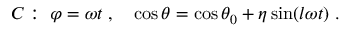
C : ~ \varphi = \omega t \; , ~ ~ ~ \cos \theta = \cos \theta _ { 0 } + \eta \sin ( l \omega t ) \; .